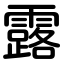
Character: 露